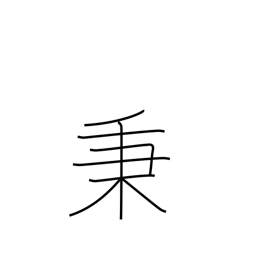
Meaning: unit of volume (10 koku; 1,800 l)